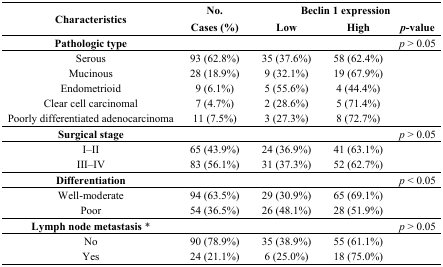
<table><thead><tr><td rowspan="3"><b>Characteristics</b></td><td><b>No.</b></td><td colspan="3"><b>Beclin 1 expression</b></td></tr><tr><td><b>Cases (%)</b></td><td><b>Low</b></td><td><b>High</b></td><td><b><i>p</i>-value</b></td></tr></thead><tbody><tr><td><b>Pathologic type</b></td><td></td><td></td><td></td><td><i>p</i> &gt; 0.05</td></tr><tr><td>Serous</td><td>93 (62.8%)</td><td>35 (37.6%)</td><td>58 (62.4%)</td><td></td></tr><tr><td>Mucinous</td><td>28 (18.9%)</td><td>9 (32.1%)</td><td>19 (67.9%)</td><td></td></tr><tr><td>Endometrioid</td><td>9 (6.1%)</td><td>5 (55.6%)</td><td>4 (44.4%)</td><td></td></tr><tr><td>Clear cell carcinomal</td><td>7 (4.7%)</td><td>2 (28.6%)</td><td>5 (71.4%)</td><td></td></tr><tr><td>Poorly differentiated adenocarcinoma</td><td>11 (7.5%)</td><td>3 (27.3%)</td><td>8 (72.7%)</td><td></td></tr><tr><td><b>Surgical stage</b></td><td></td><td></td><td></td><td><i>p</i> &gt; 0.05</td></tr><tr><td>I–II</td><td>65 (43.9%)</td><td>24 (36.9%)</td><td>41 (63.1%)</td><td></td></tr><tr><td>III–IV</td><td>83 (56.1%)</td><td>31 (37.3%)</td><td>52 (62.7%)</td><td></td></tr><tr><td><b>Differentiation</b></td><td></td><td></td><td></td><td><i>p</i> &lt; 0.05</td></tr><tr><td>Well-moderate</td><td>94 (63.5%)</td><td>29 (30.9%)</td><td>65 (69.1%)</td><td></td></tr><tr><td>Poor</td><td>54 (36.5%)</td><td>26 (48.1%)</td><td>28 (51.9%)</td><td></td></tr><tr><td><b>Lymph node metastasis</b>*</td><td></td><td></td><td></td><td><i>p</i> &gt; 0.05</td></tr><tr><td>No</td><td>90 (78.9%)</td><td>35 (38.9%)</td><td>55 (61.1%)</td><td></td></tr><tr><td>Yes</td><td>24 (21.1%)</td><td>6 (25.0%)</td><td>18 (75.0%)</td><td></td></tr></tbody></table>